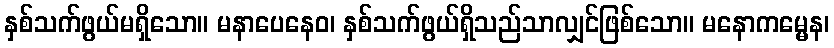
နှစ်သက်ဖွယ်မရှိသော။ မနာပေနေဝ၊ နှစ်သက်ဖွယ်ရှိသည်သာလျှင်ဖြစ်သော။ မနောကမ္မေန၊